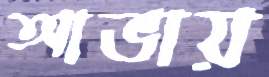
আভায়